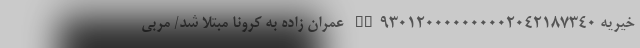
خیریه IR930120000000002042187340 عمران زاده به کرونا مبتلا شد/ مربی